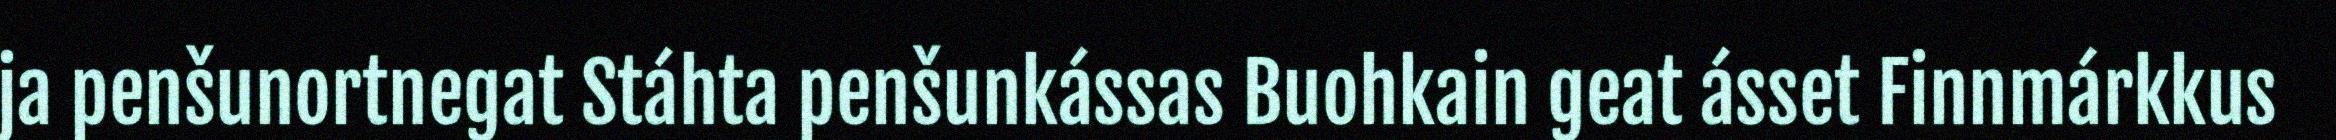
ja penšunortnegat Stáhta penšunkássas Buohkain geat ásset Finnmárkkus